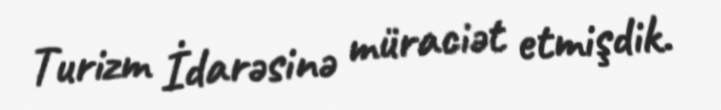
Turizm İdarəsinə müraciət etmişdik.